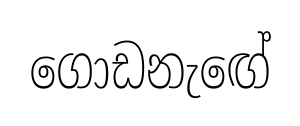
ගොඩනැඟේ